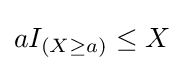
aI_{(X\geq a)}\leq X